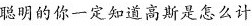
聪明的你一定知道高斯是怎么计